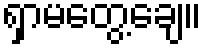
ရှာမတွေ့ချေ။